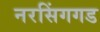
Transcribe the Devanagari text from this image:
नरसिंगगड